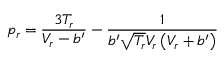
p _ { r } = { \frac { 3 T _ { r } } { V _ { r } - b ^ { \prime } } } - { \frac { 1 } { b ^ { \prime } { \sqrt { T _ { r } } } V _ { r } \left( V _ { r } + b ^ { \prime } \right) } }